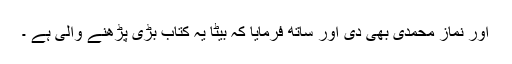
اور نماز محمدی بھی دی اور ساتھ فرمایا کہ بیٹا یہ کتاب بڑی پڑھنے والی ہے ۔